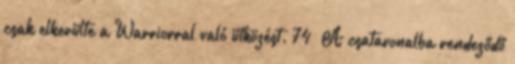
csak elkerülte a Warriorral való ütközést. 74 A csatavonalba rendeződő